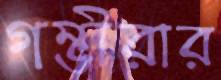
গম্ভীরার